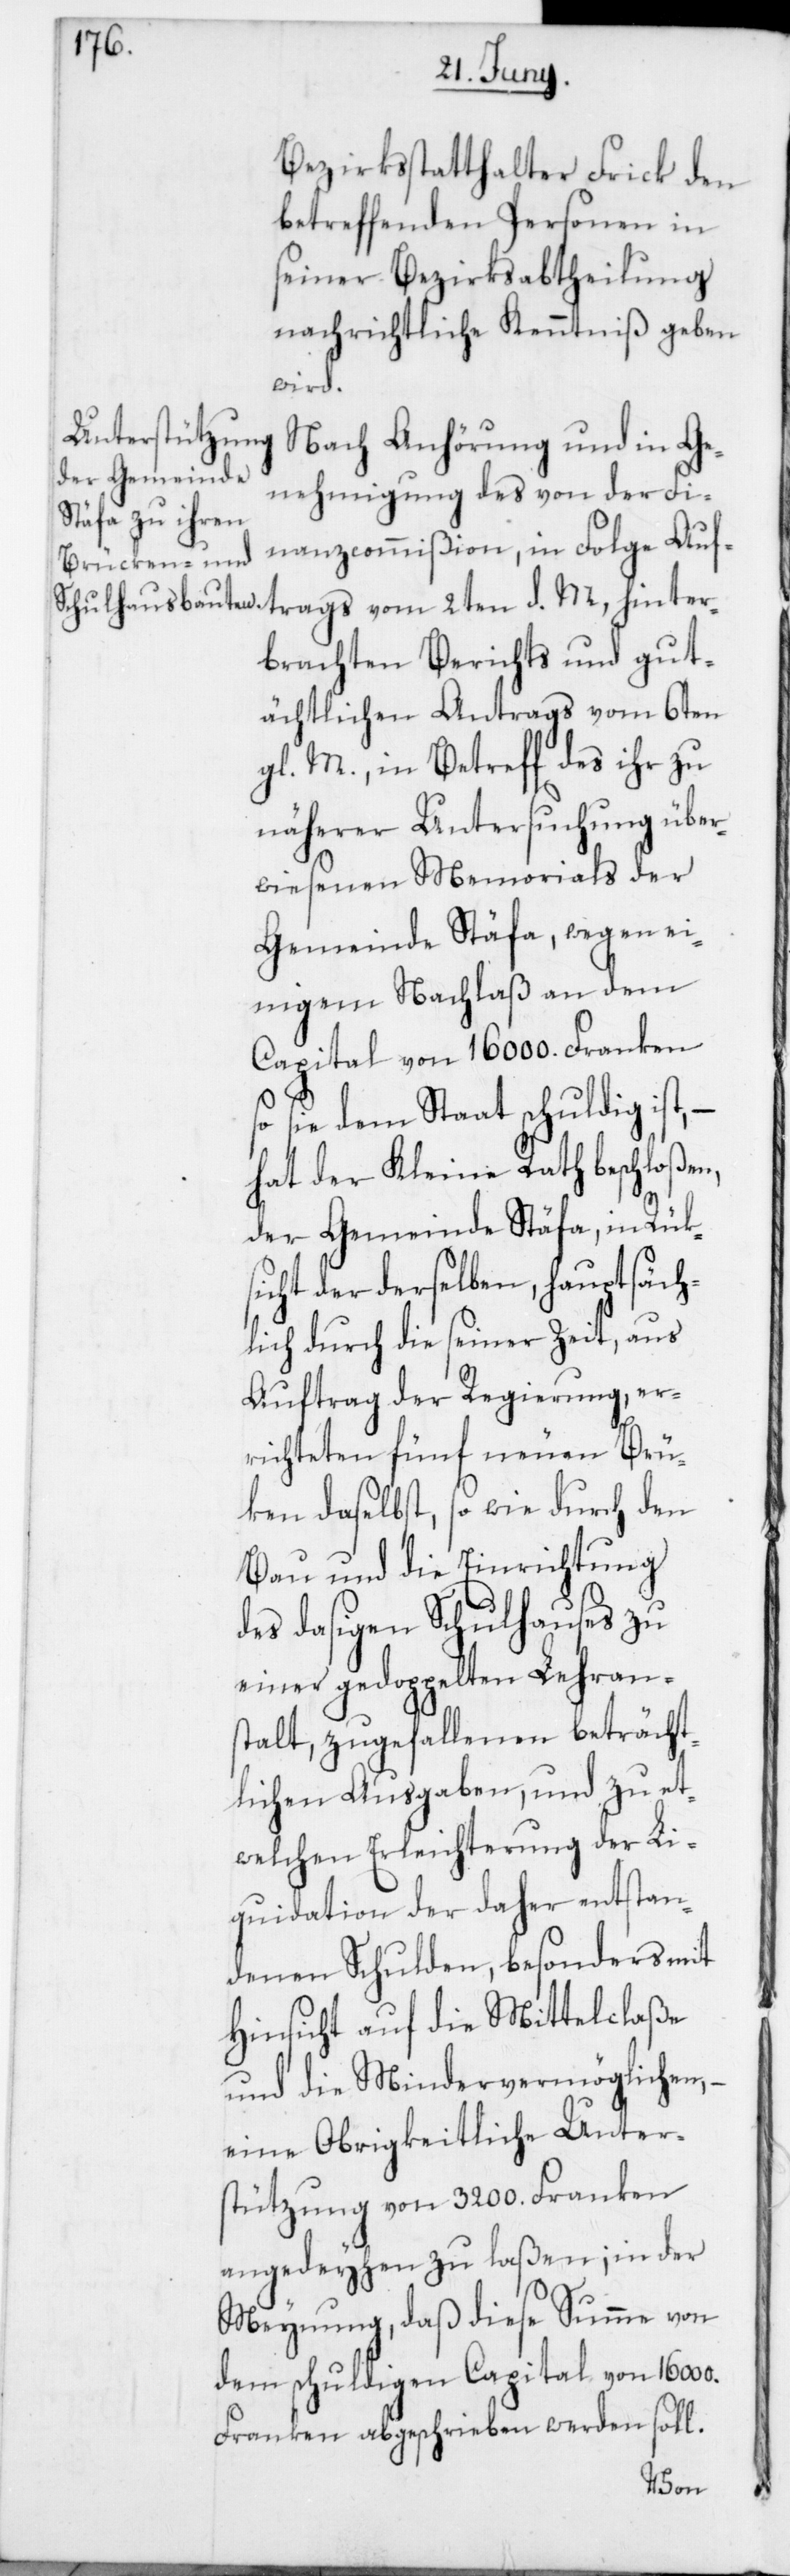
Bezirksstatthalter Frick den
betreffenden Personen in
seiner Bezirksabtheilung
nachrichtliche Kenntniß geben
wird.
Nach Anhörung und in Ge¬
nehmigung des von der Fi¬
nanzcommißion, in Folge Auf¬
brachten Berichts und gut¬
ächtlichen Antrags vom 6ten
gl. M., in Betreff des ihr zu
näherer Untersuchung über¬
wiesenen Memorials der
Gemeinde Stäfa, wegen ei¬
nigem Nachlaß an dem
Capital von 16 000. Franken,
sie dem Staat schuldig ist,
hat der Kleine Rath beschloßen,
der Gemeinde Stäfa, in Rük¬
sicht der derselben hauptsäch¬
lich durch die seiner Zeit, aus
Auftrag der Regierung, er¬
richteten fünf neuen Brü¬
ken daselbst, so wie durch den
Bau und die Einrichtung
des dasigen Schulhauses zu
einer gedoppelten Lehran¬
stalt, zugefallenen beträcht¬
lichen Ausgaben, und zu et¬
welchen Erleichterung der Li¬
quidation der daher entstan¬
denen Schulden, besonders mit
Hinsicht auf die Mittelclaße
und die Mindervermöglichen, –
eine Obrigkeitliche Unter¬
stützung von 3200. Franken
angedeyhen zu laßen; in der
Meynung, daß diese Summe von
dem schuldigen Capital von 16 000.
Franken abgeschrieben werden soll.
hinter¬